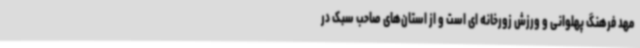
مهد فرهنگ پهلوانی و ورزش زورخانه ای است و از استان‌های صاحب سبک در